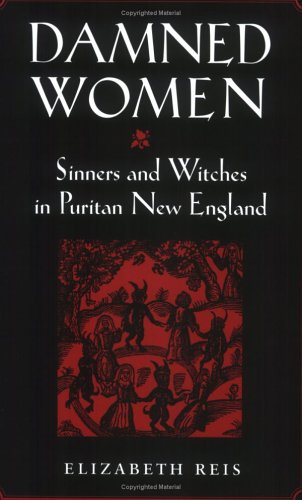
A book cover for Damned Women: Sinners and Witches in Puritan New England; Elizabeth Reis; Politics & Social Sciences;